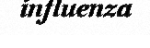
influenza